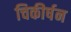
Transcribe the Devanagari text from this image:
चिकीर्षन